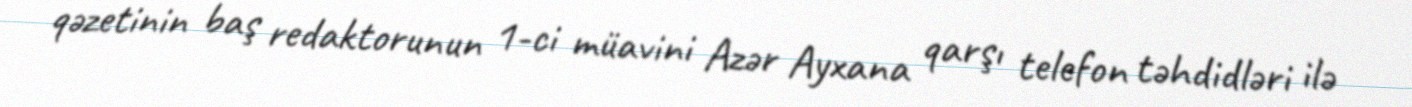
qəzetinin baş redaktorunun 1-ci müavini Azər Ayxana qarşı telefon təhdidləri ilə